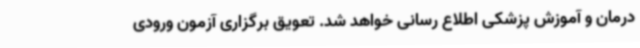
درمان و آموزش پزشکی اطلاع رسانی خواهد شد. تعویق برگزاری آزمون ورودی